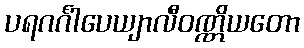
ပရဂင်္ဂါပေယျာလီဝဏ္ဏိယတော